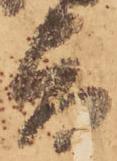
旨